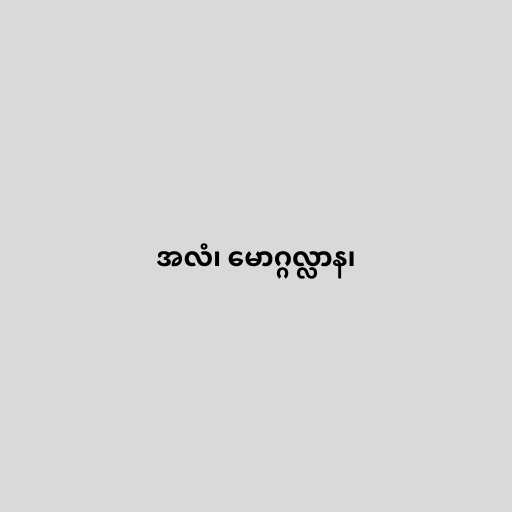
အလံ၊ မောဂ္ဂလ္လာန၊